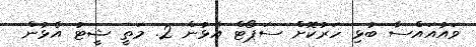
ވައުއައްސާ ބުޅި ހަރުކޮށް ސަޕޯޓް އެޅުން 2. މަތީ ޝީޓު އެޅުން